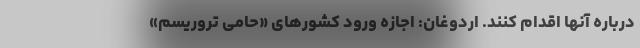
درباره آنها اقدام کنند. اردوغان: اجازه ورود کشورهای «حامی تروریسم»